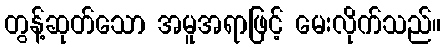
တွန့်ဆုတ်သော အမူအရာဖြင့် မေးလိုက်သည်။